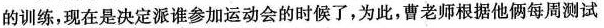
的训练，现在是决定派谁参加运动会的时候了，为此，曹老师根据他俩每周测试